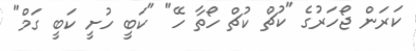
ކަރަން ޖޯހަރުގެ "ކުޗް ކުޗް ހޯތާ ހޭ" "ކަބީ ހުށީ ކަބީ ގަމް"